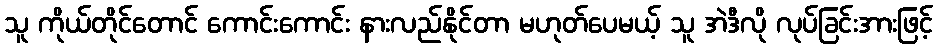
သူ ကိုယ်တိုင်တောင် ကောင်းကောင်း နားလည်နိုင်တာ မဟုတ်ပေမယ့် သူ အဲဒီလို လုပ်ခြင်းအားဖြင့်